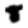
Digit: 8